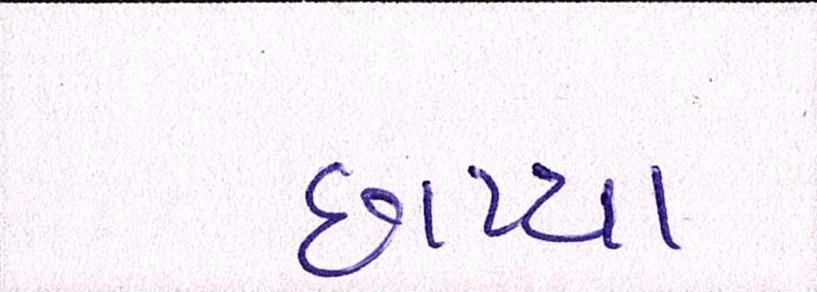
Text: છાપ્યા